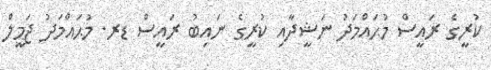
ކުރީގެ ރައީސް މުޙައްމަދު ނަޝީދާއި ކުރީގެ ނައިބު ރައީސް ޑރ. މުޙައްމަދު ޖަމީލް